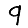
Digit: 9